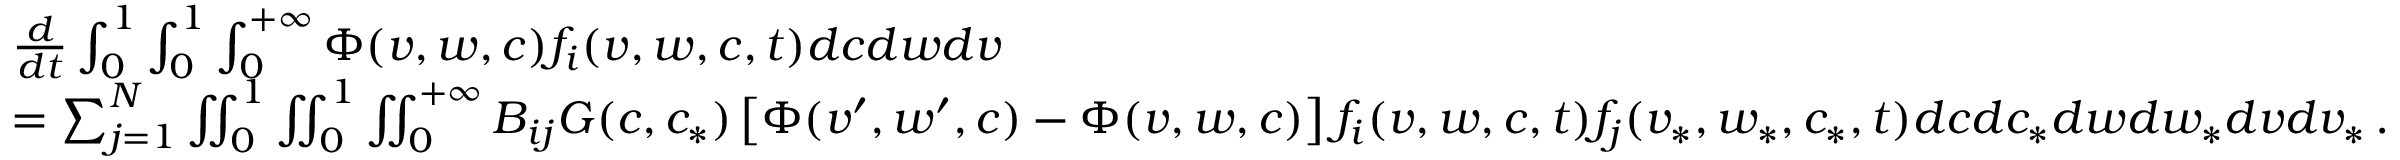
\begin{array} { r l } & { \frac { d } { d t } \int _ { 0 } ^ { 1 } \int _ { 0 } ^ { 1 } \int _ { 0 } ^ { + \infty } \Phi ( v , w , c ) f _ { i } ( v , w , c , t ) d c d w d v } \\ & { = \sum _ { j = 1 } ^ { N } \iint _ { 0 } ^ { 1 } \iint _ { 0 } ^ { 1 } \iint _ { 0 } ^ { + \infty } B _ { i j } G ( c , c _ { * } ) \left[ \Phi ( v ^ { \prime } , w ^ { \prime } , c ) - \Phi ( v , w , c ) \right] f _ { i } ( v , w , c , t ) f _ { j } ( v _ { * } , w _ { * } , c _ { * } , t ) d c d c _ { * } d w d w _ { * } d v d v _ { * } \, . } \end{array}